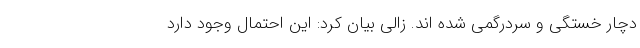
دچار خستگی و سردرگمی شده اند. زالی بیان کرد: این احتمال وجود دارد